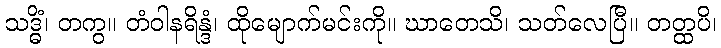
သဒ္ဓိံ၊ တကွ။ တံဝါနရိန္ဒံ၊ ထိုမျောက်မင်းကို။ ဃာတေသိ၊ သတ်လေပြီ။ တတ္ထပိ၊